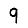
Digit: 9